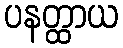
ပနတ္ထာယ